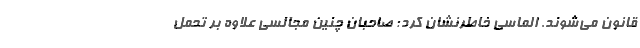
قانون می‌شوند. الماسی خاطرنشان کرد: صاحبان چنین مجالسی علاوه بر تحمل